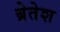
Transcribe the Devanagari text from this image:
ब्रेतेश